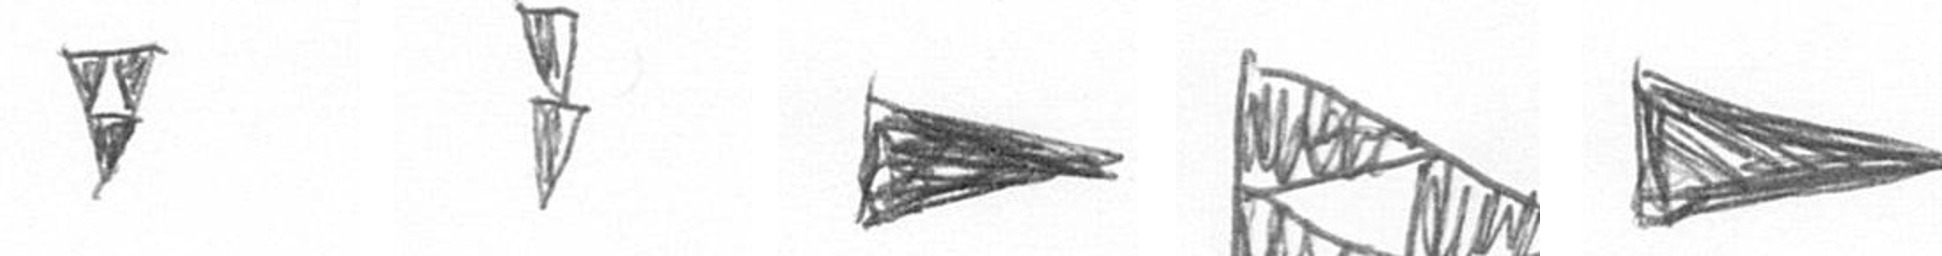
S Z T K T